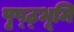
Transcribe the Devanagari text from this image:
पृष्ठ्भूमि